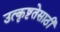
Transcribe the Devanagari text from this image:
उत्कृष्टतेसाठी